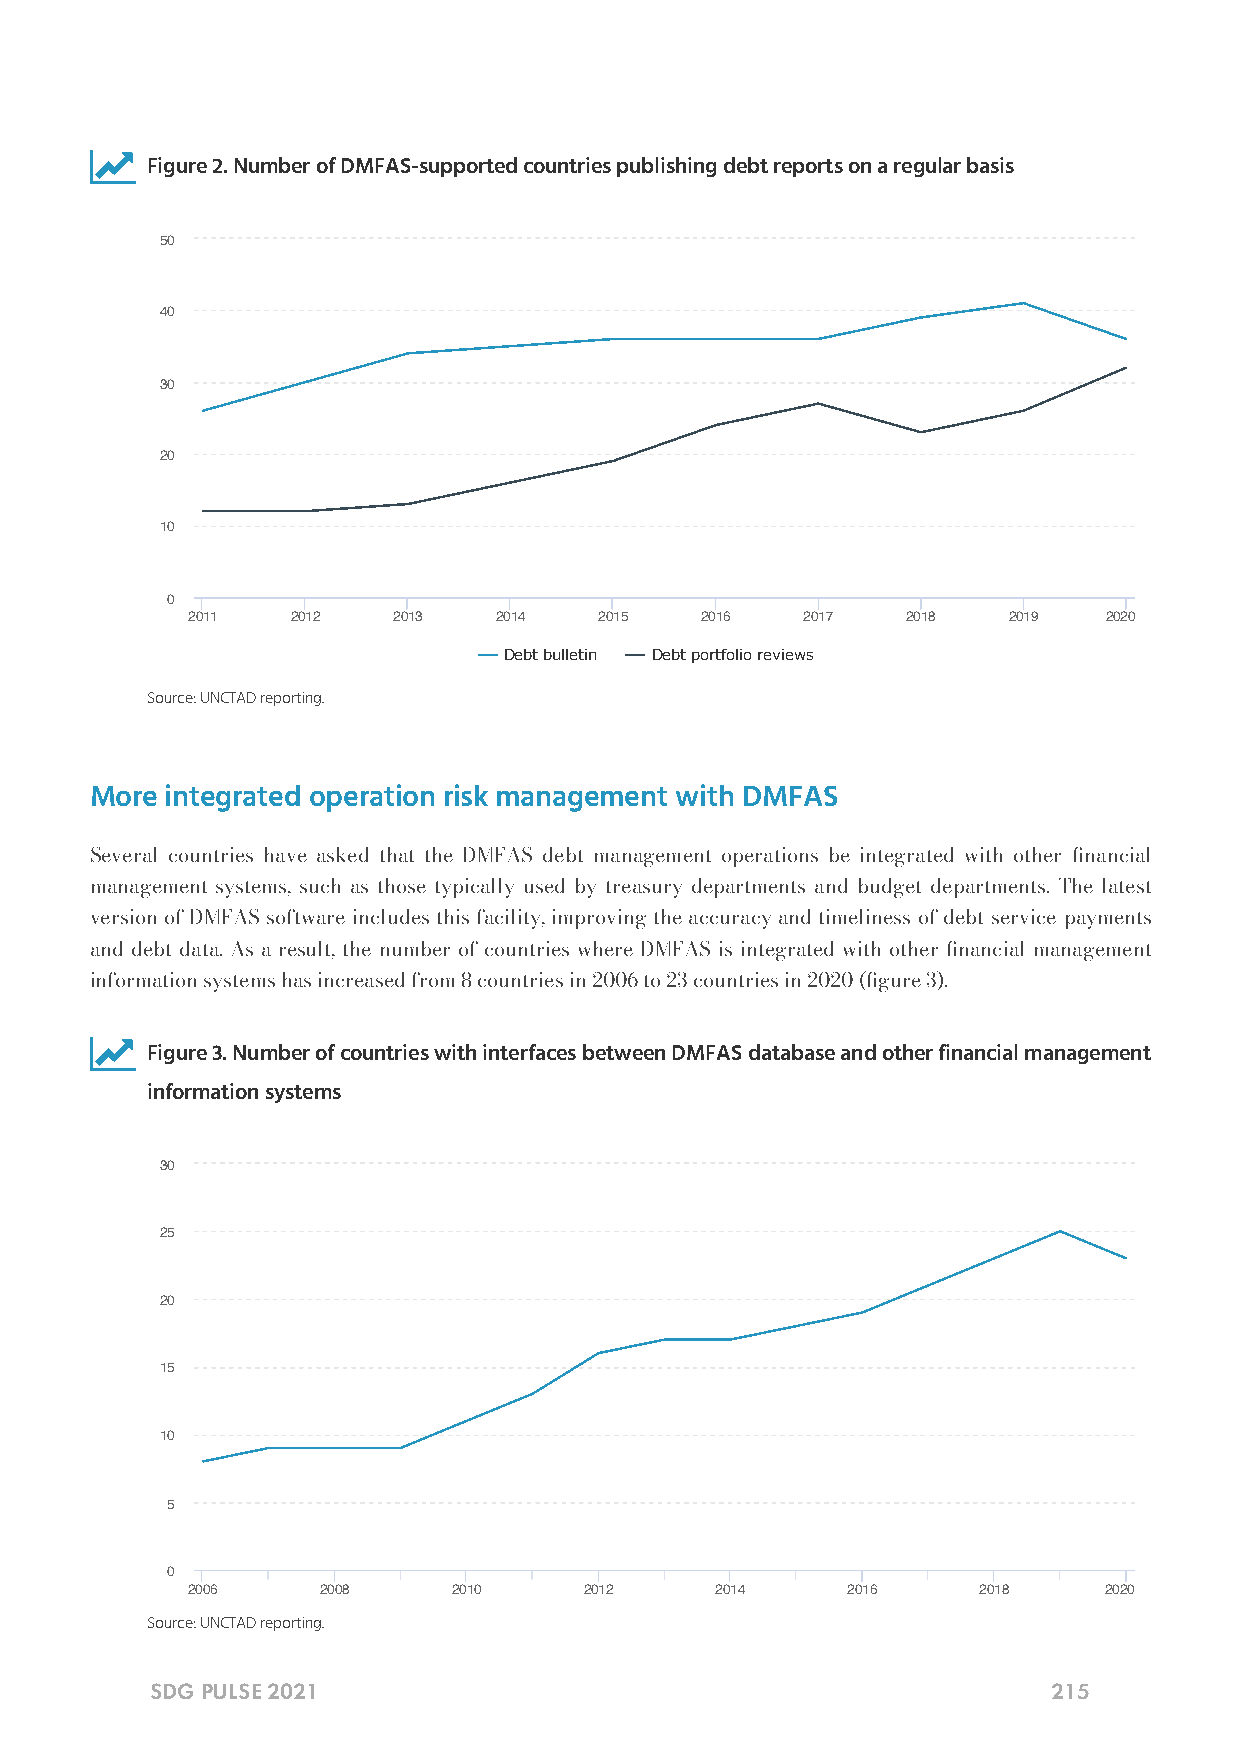

 Figure 2. Number of DMFAS-supported countries publishing debt reports on a regular basis
 50
 40
 30
 20
 10
 0
 2011   2012   2013   2014   2015  2016   2017   2018   2019  2020
 Debt bulletin Debt portfolio reviews
 Source: UNCTAD reporting.
 More integrated operation risk management with DMFAS
 Several countries have asked that the DMFAS debt management operations be integrated with other nancial
 management systems, such as those typically used by treasury departments and budget departments. The latest
 version of DMFAS software includes this facility, improving the accuracy and timeliness of debt service payments
 and debt data. As a result, the number of countries where DMFAS is integrated with other nancial management
 information systems has increased from 8 countries in 2006 to 23 countries in 2020 (gure 3).
 
 Figure 3. Number of countries with interfaces between DMFAS database and other financial management
 information systems
 30
 25
 20
 15
 10
 5
 0
 2006     2008     2010     2012    2014     2016     2018    2020
 Source: UNCTAD reporting.
 SDG PULSE 2021                                              215